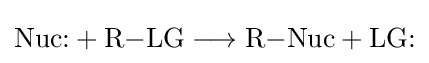
{\text{Nuc}}\mathbf {:} +{\mathrm {R} {-}\mathrm {LG} {}\mathrel {\longrightarrow } {}\mathrm {R} {-}\mathrm {Nuc} }+{\text{LG}}\mathbf {:}